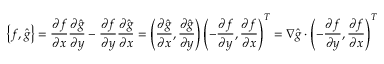
\left\{ f , \hat { g } \right\} = \frac { \partial f } { \partial x } \frac { \partial \hat { g } } { \partial y } - \frac { \partial f } { \partial y } \frac { \partial \hat { g } } { \partial x } = \left( \frac { \partial \hat { g } } { \partial x } , \frac { \partial \hat { g } } { \partial y } \right) \left( - \frac { \partial f } { \partial y } , \frac { \partial f } { \partial x } \right) ^ { T } = \nabla \hat { g } \cdot \left( - \frac { \partial f } { \partial y } , \frac { \partial f } { \partial x } \right) ^ { T }